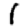
Digit: 1